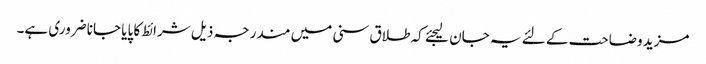
مزید وضاحت کے لئے یہ جان لیجئے کہ طلاق سنی میں مندرجہ ذیل شرائط کا پایا جانا ضروری ہے۔